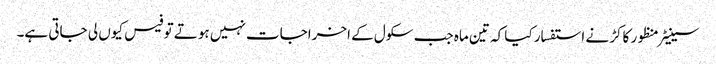
سینیٹر منظور کاکڑ نے استفسار کیا کہ تین ماہ جب سکول کے اخراجات نہیں ہوتے تو فیس کیوں لی جاتی ہے۔